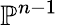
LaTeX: \mathbb{P}^{n-1}